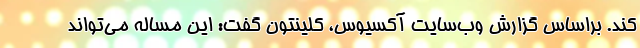
کند. براساس گزارش وب‌سایت آکسیوس، کلینتون گفت: این مساله می‌تواند